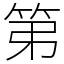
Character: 第